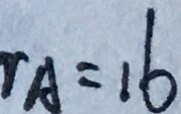
r A = 1 6